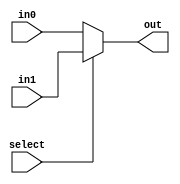
module mux_2_30(out,select,in0,in1);
    input select;
    input [29:0] in0, in1;
    output [29:0] out;
    assign out = select ? in1 : in0;
endmodule